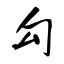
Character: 勾